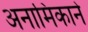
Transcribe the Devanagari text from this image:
अनामिकाने